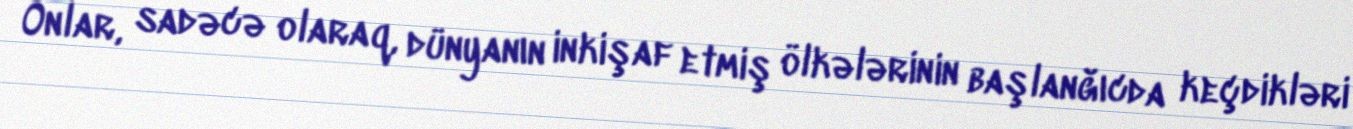
Onlar, sadəcə olaraq, dünyanın inkişaf etmiş ölkələrinin başlanğıcda keçdikləri